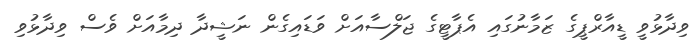
ވިދާޅުވީ ޑީއާރްޕީގެ ޒަމާނުގައި އެޕާޓީގެ ޖަލްސާއަށް ވަޑައިގެން ނަޝީދާ ދިމާއަށް ވެސް ވިދާޅުވި